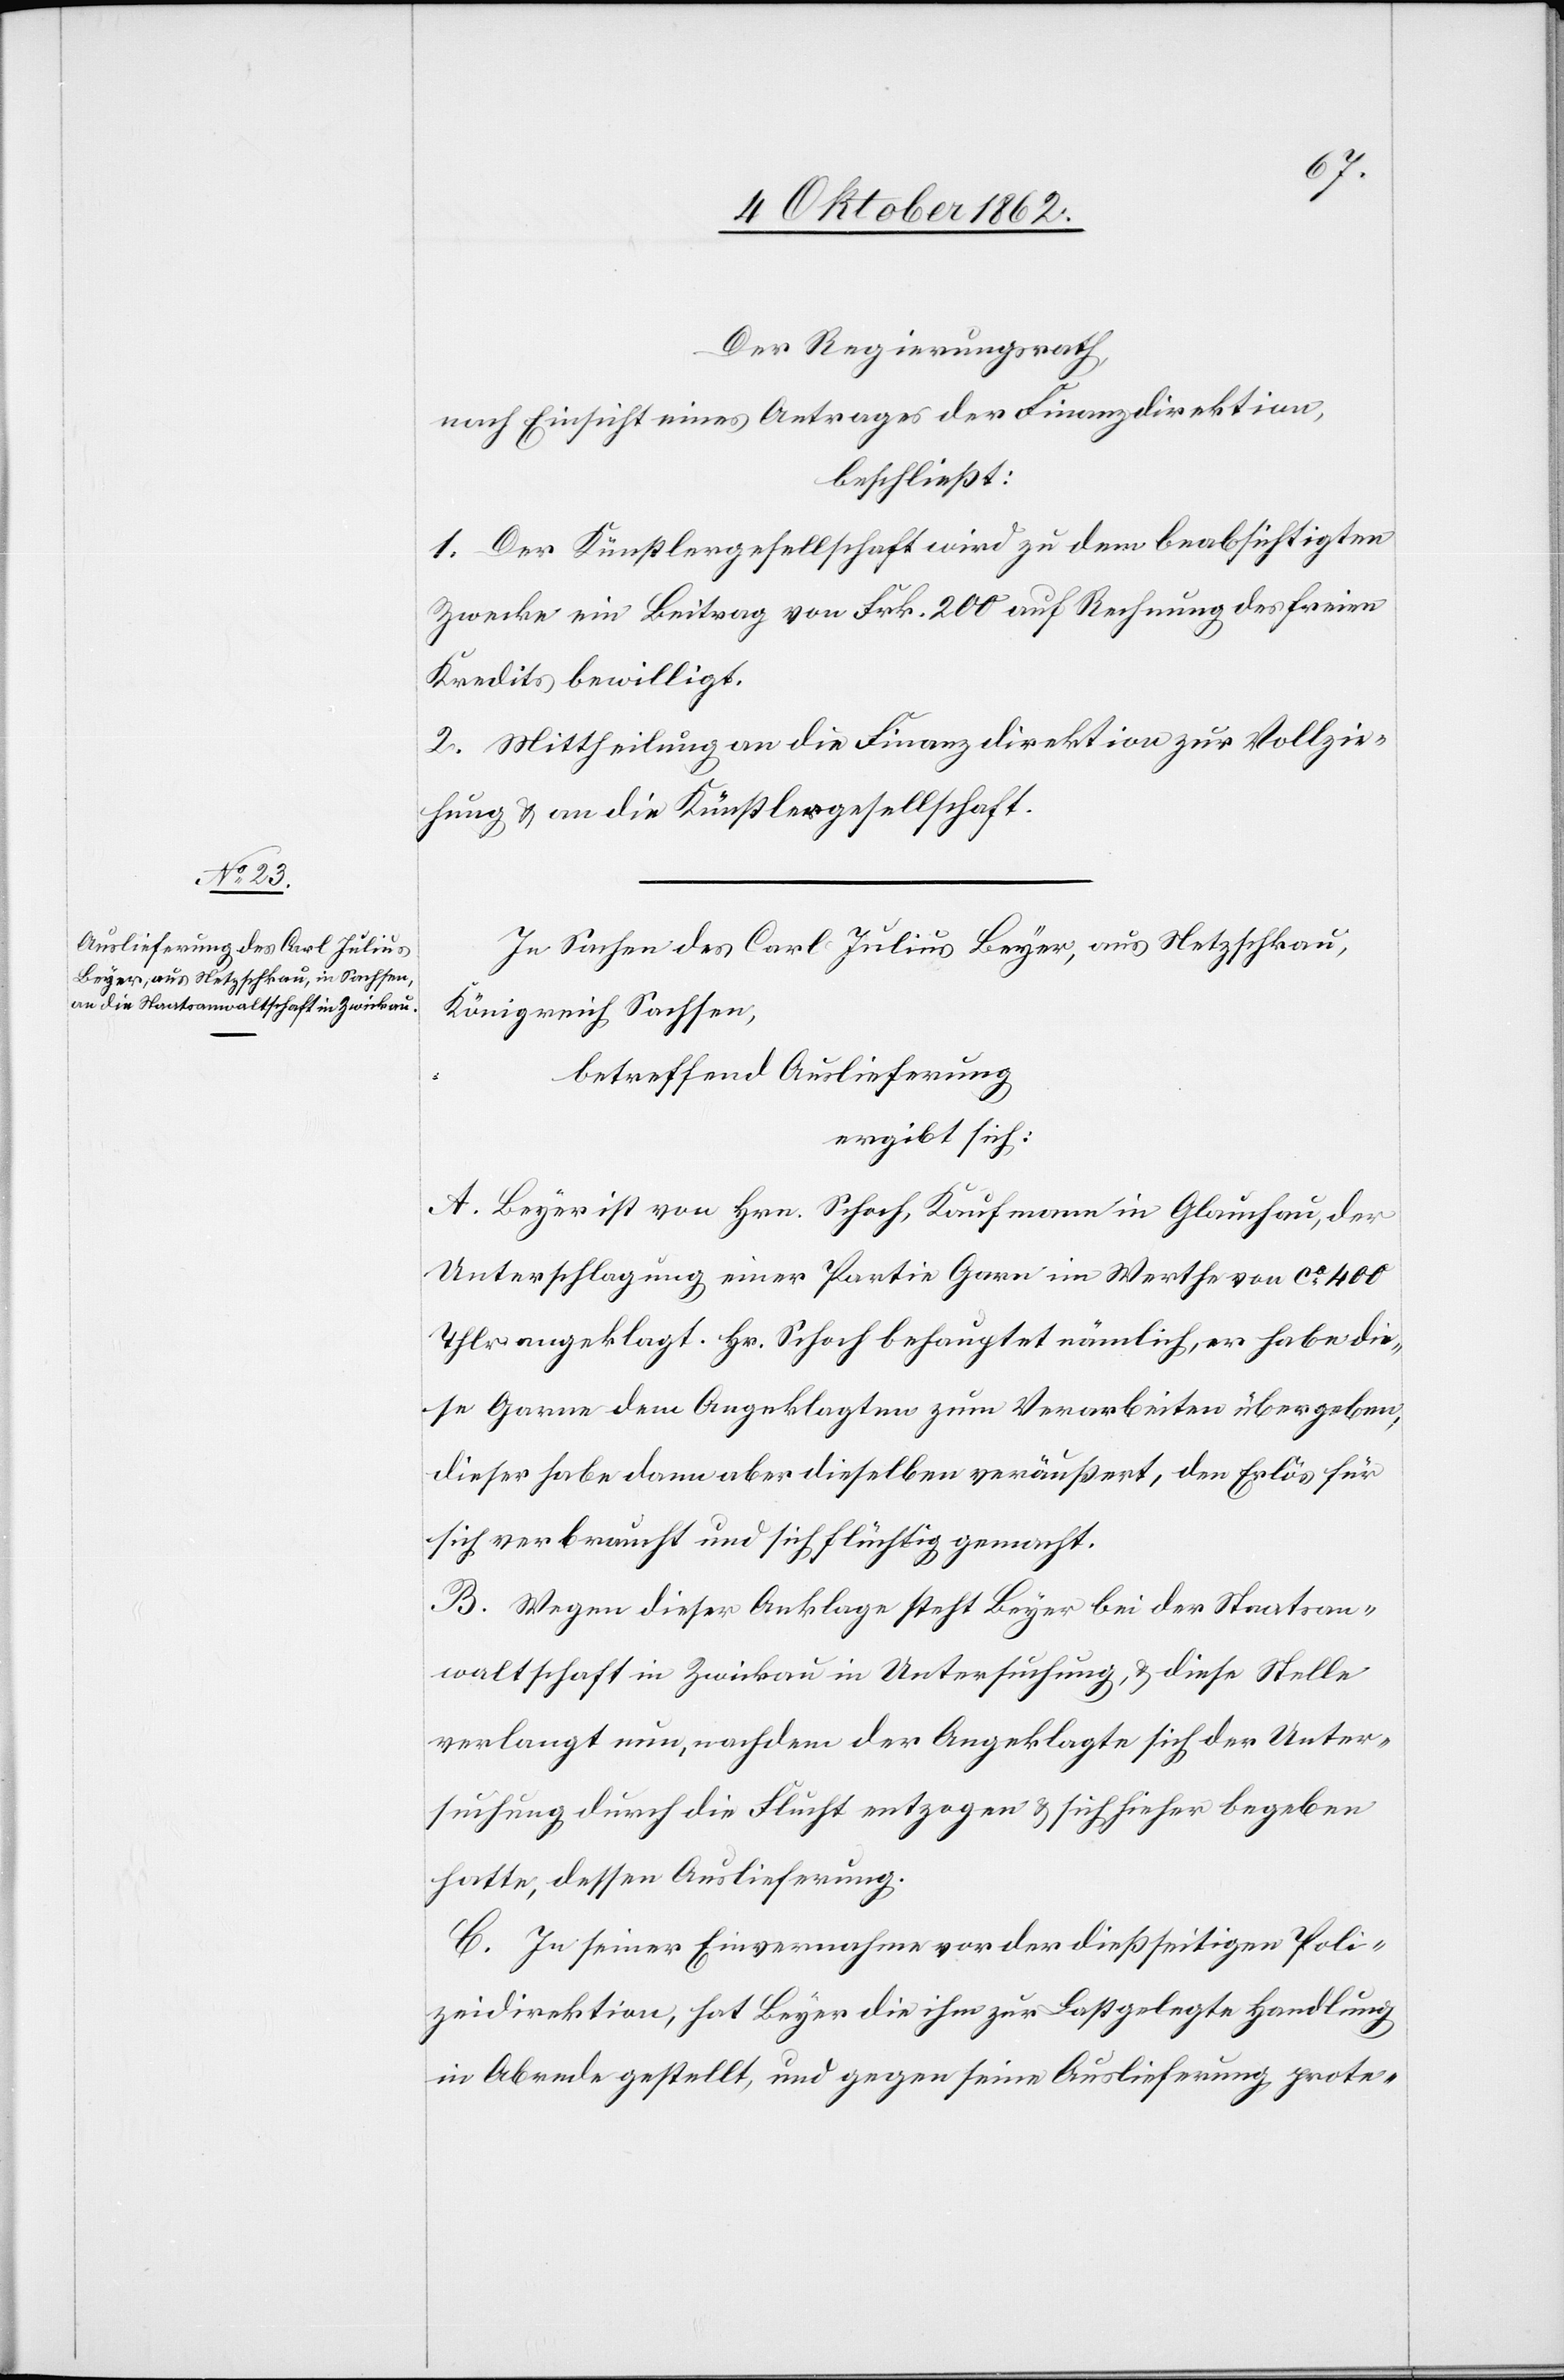
Der Regierungsrath,
nach Einsicht eines Antrages der Finanzdirektion,
beschließt:
1. Der Künstlergesellschaft wird zu dem beabsichtigten
Zwecke ein Beitrag von Frk. 200 auf Rechnung des freien
Kredits bewilligt.
2. Mittheilung an die Finanzdirektion zur Vollzie¬
hung u. an die Künstlergesellschaft.
In Sachen des Carl Julius Beyer, aus Netzschkau,
Königreich Sachsen,
betreffend Auslieferung
ergibt sich:
A. Beyer ist von Hrn. Schoch, Kaufmann in Glauchau, der
Unterschlagung einer Partie Garn im Werthe von ca 400
Thlr. angeklagt. Hr. Schoch behauptet nämlich, er habe die¬
se Garne dem Angeklagten zum Verarbeiten übergeben,
dieser habe dann aber dieselben veräußert, den Erlös für
sich verbraucht und sich flüchtig gemacht.
B. Wegen dieser Anklage steht Beyer bei der Staatsan¬
waltschaft in Zwickau in Untersuchung, u. diese Stelle
verlangt nun, nachdem der Angeklagte sich der Unter¬
suchung durch die Flucht entzogen u. sich hieher begeben
hatte, dessen Auslieferung.
C. In seiner Einvernahme vor der dießseitigen Poli¬
zeidirektion, hat Beyer die ihm zur Last gelegte Handlung
in Abrede gestellt, und gegen seine Auslieferung prote-